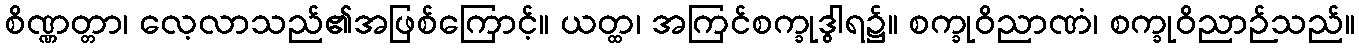
စိဏ္ဏတ္တာ၊ လေ့လာသည်၏အဖြစ်ကြောင့်။ ယတ္ထ၊ အကြင်စက္ခုဒွါရ၌။ စက္ခုဝိညာဏံ၊ စက္ခုဝိညာဉ်သည်။